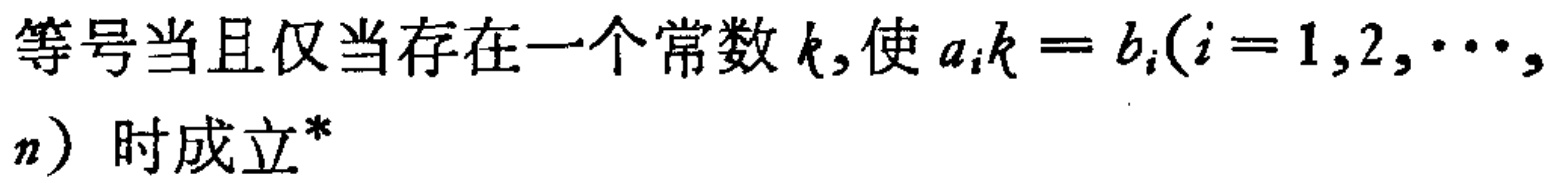
等号当且仅当存在一个常数 \(k\),使 \(a_{i}k = b_{i}(i = 1,2,\cdots,n)\) 时成立*